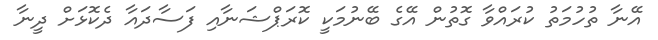
އޭނާ ތުހުމަތު ކުރައްވާ ގޮތުން އޭގެ ބޭނުމަކީ ކޮރަޕްޝަނާއި ފަސާދައާ ދެކޮޅަށް ދީނާ